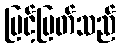
မြင့်မြတ်သည်